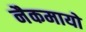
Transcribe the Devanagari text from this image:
नैकमायो